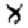
Digit: 8